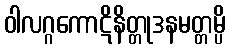
ဝါလဂ္ဂကောဋိနိတ္တုဒနမတ္တမ္ပိ